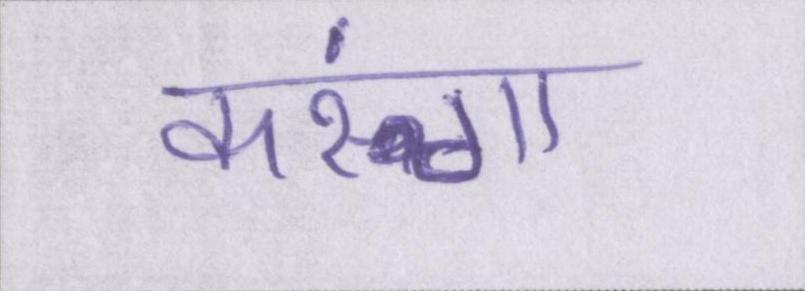
करूंगा